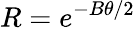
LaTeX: R=e^{-B\theta/2}